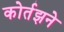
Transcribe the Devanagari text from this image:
कोर्तझने